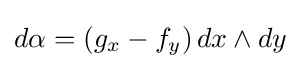
d\alpha =(g_{x}-f_{y})\,dx\wedge dy